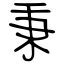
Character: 秉